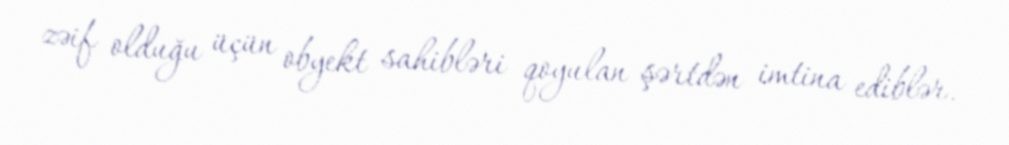
zəif olduğu üçün obyekt sahibləri qoyulan şərtdən imtina ediblər.